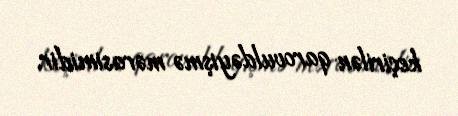
keçirilən qarovuldəyişmə mərasimidir.